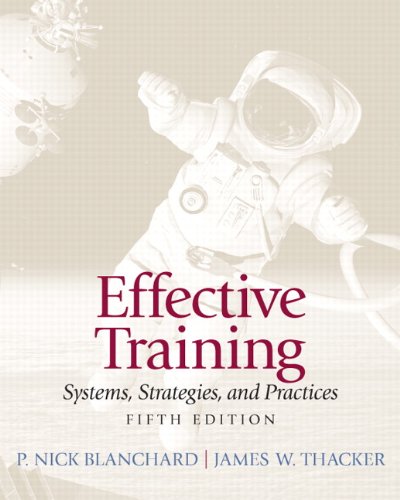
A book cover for Effective Training (5th Edition); P. Nick Blanchard; Business & Money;